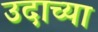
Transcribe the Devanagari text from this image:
उदाच्या